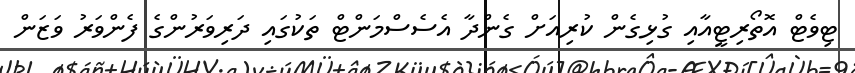
ޓިވެޓް އޮތޯރިޓީއާއި ގުޅިގެން ކުރިއަށް ގެންދާ އެސެސްމަންޓް ތަކުގައި ދަރިވަރުންގެ ފެންވަރު ވަޒަން